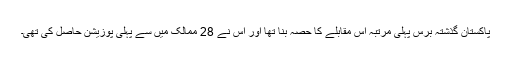
پاکستان گذشتہ برس پہلی مرتبہ اس مقابلے کا حصہ بنا تھا اور اس نے 28 ممالک میں سے پہلی پوزیشن حاصل کی تھی۔